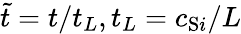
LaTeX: \tilde{t}=t/t_{L},t_{L}=c_{\mathrm{S}i}/{L}